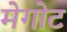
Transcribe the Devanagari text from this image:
मेगोट